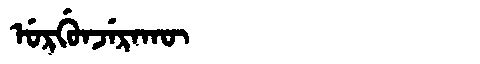
Manchu: ᡠᡵᡤᡠᠨᠵᡝᡵᠠᡴᡡ
Romanization: URGUNJERAKŪ